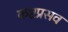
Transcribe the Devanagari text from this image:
कष्टप्रसव